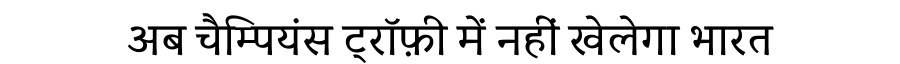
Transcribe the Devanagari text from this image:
अब चैम्पियंस ट्रॉफ़ी में नहीं खेलेगा भारत